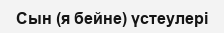
Сын (я бейне) үстеулері